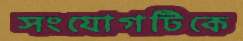
সংযোগটিকে